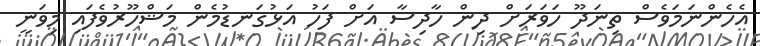
އެހެންނަމަވެސް ތިނަދޫ ހަވަރަށް ދިން ހާދިސާ އަށް ފަހު އަޅުގަނޑުމެން މަޝްހޫރުވެފައި މިވަނީ